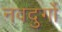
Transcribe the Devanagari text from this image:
नवदुर्गो